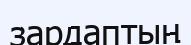
зардаптың